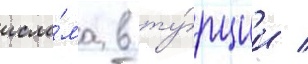
исла́ма в ту́рции /